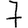
Digit: 7